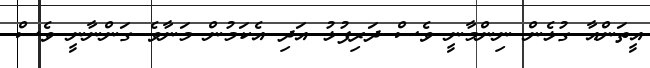
އީތަންއާ ގުޅެން ނިންމާނީ ވެސް ދަރިފުޅު އަދި އެކަމުން މަނާވެ ގަންނާނީ ވެސް